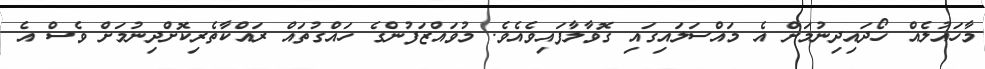
މާހައުލެއް ހޯދައިދިނުމަށް އެ މައްސަލައިގައި ގޮވާލާފައިވެއެވެ. މުވައްޒަފުންގެ ހައްގުތައް ރައްކާތެރިކޮށްދިނުމަށް ވެސް އެ